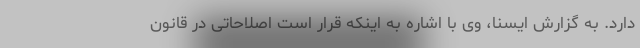
دارد. به گزارش ایسنا، وی با اشاره به اینکه قرار است اصلاحاتی در قانون